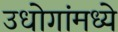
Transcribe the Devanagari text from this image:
उधोगांमध्ये